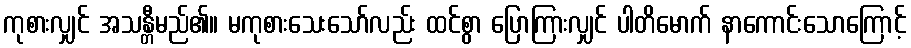
ကုစားလျှင် အသန္တီမည်၏။ မကုစားသေးသော်လည်း ထင်စွာ ပြောကြားလျှင် ပါတိမောက် နာကောင်းသောကြောင့်